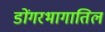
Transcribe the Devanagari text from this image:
डोंगरभागातिल